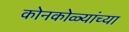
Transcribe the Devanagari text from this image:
कोनकोळ्यांच्या